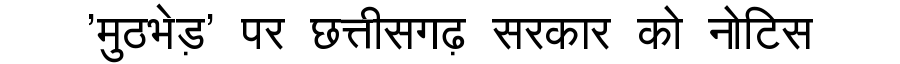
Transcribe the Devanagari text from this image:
'मुठभेड़' पर छत्तीसगढ़ सरकार को नोटिस